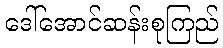
ဒေါ်အောင်ဆန်းစုကြည်